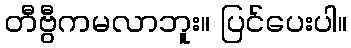
တီဗွီကမလာဘူး။ ပြင်ပေးပါ။